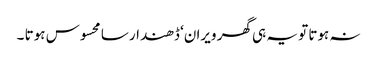
نہ ہوتا تو یہ ہی گھر ویران‘ ڈھندار سا محسوس ہوتا ۔